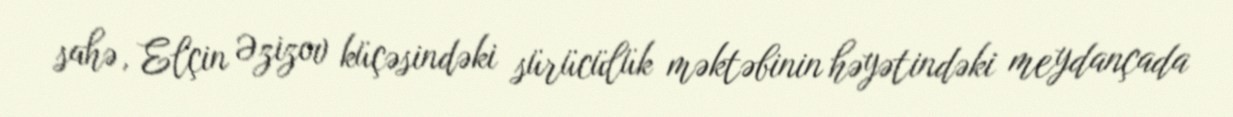
sahə, Elçin Əzizov küçəsindəki sürücülük məktəbinin həyətindəki meydançada